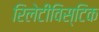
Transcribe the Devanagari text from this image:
रिलेटीविस्टिक